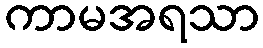
ကာမအရသာ